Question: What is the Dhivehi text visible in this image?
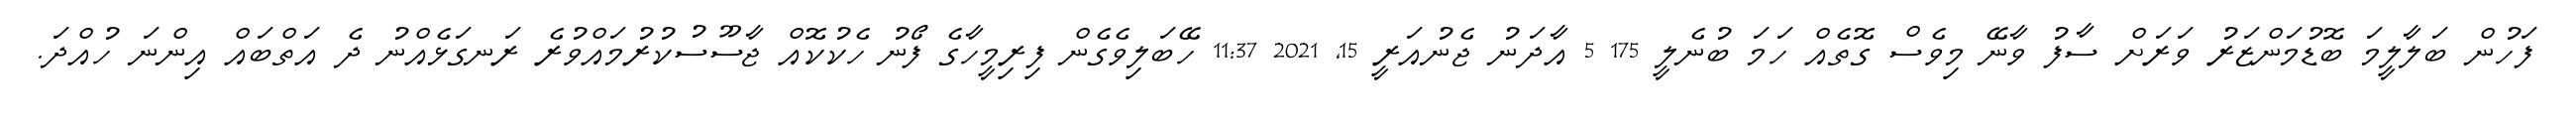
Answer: ފަހުން ބަލާލީމަ ބޮޑުމަންޒަރު ވަރަށް ސާފު ވާނޭ މިވެސް ގޮތެއް ހަމަ ބުނެލީ 175 5 އާދަނު ޖެނުއަރީ 15, 2021 11:37 ހޭބަލިވެގެން ފިރިމީހާގެ ފޯނު ހެކުކޮއް ޖާސޫސުކުރުމައްވުރެ ރަނގަޅެއްނު ދެ އަތްބައް އިންނަ ހުއްދަ.